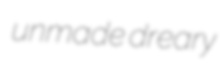
unmade dreary